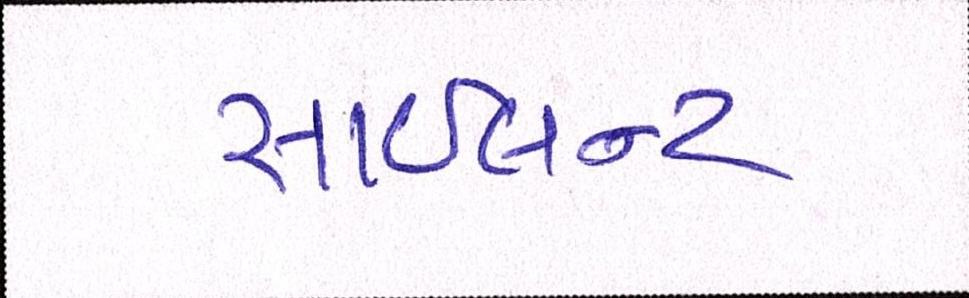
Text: સાઇલન્ટ